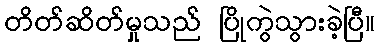
တိတ်ဆိတ်မှုသည် ပြိုကွဲသွားခဲ့ပြီ။